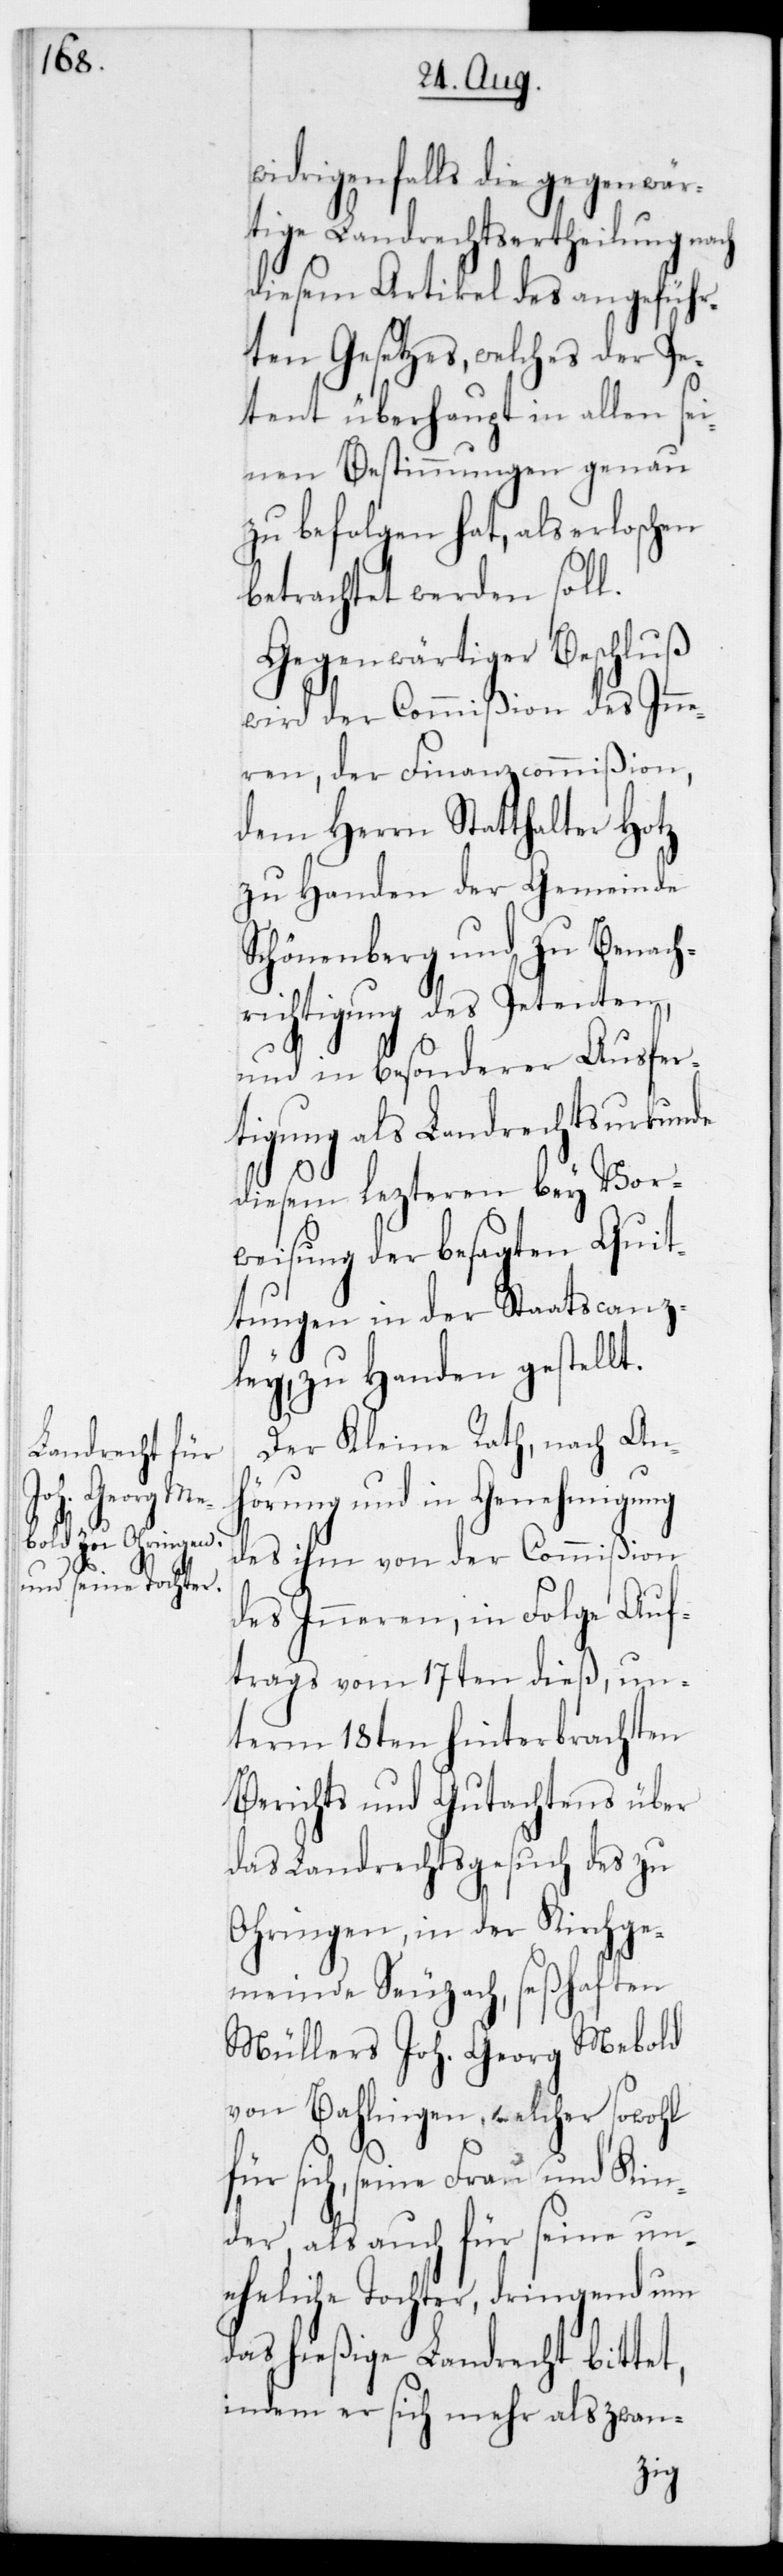
drigenfalls die gegenwär¬
tige Landrechtsertheilung nach
diesem Artikel des angeführ¬
ten Gesetzes, welches der Pe¬
tent überhaupt in allen sei¬
nen Bestimmungen genau
zu befolgen hat, als erloschen
betrachtet werden soll.
Gegenwärtiger Beschluß
wird der Commißion des Inn¬
eren, der Finanzcommißion,
dem Herrn Statthalter Hotz
zu Handen der Gemeinde
Schönenberg und zu Benach¬
richtigung des Petenten,
und in besonderer Ausfer¬
tigung als Landrechtsurkunde
diesem lezteren bey Vor¬
weisung der besagten Quit¬
tungen in der Staatscanz¬
ley zu Handen gestellt.
Der Kleine Rath, nach An¬
hörung und in Genehmigung
des ihm von der Commißion
des Inneren, in Folge Auf¬
trags vom 17ten dieß, un¬
term 18ten hinterbrachten
Berichts und Gutachtens über
das Landrechtsgesuch des zu
Ohringen, in der Kirchge¬
meinde Seuzach, seßhaften
Müllers Joh. Georg Mebold
von Bahlingen, welcher sowohl
sich, seine Frau und Kin¬
der, als auch für seine un¬
eheliche Tochter, dringend um
das hießige Landrecht bittet,
indem er sich mehr als zwan-
wi¬